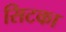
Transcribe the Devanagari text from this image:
सिटका